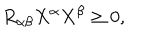
R _ { \alpha \beta } X ^ { \alpha } X ^ { \beta } \geq 0 ,